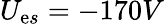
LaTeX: U_{\mathrm{e}s}=-170V